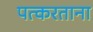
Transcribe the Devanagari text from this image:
पत्करताना